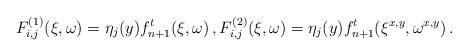
LaTeX: \begin{align*}F_{i,j}^{(1)} (\xi,\omega)= \eta_j(y) f_{n+1}^t (\xi,\omega) \, ,F_{i,j}^{(2)}(\xi,\omega) = \eta_j(y) f_{n+1}^t (\xi^{x,y},\omega^{x,y})\,.\end{align*}